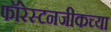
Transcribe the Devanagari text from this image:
फॉरेस्टनजीकच्या